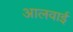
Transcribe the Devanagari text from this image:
आलवाई